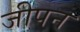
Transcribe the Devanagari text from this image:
जीपन